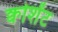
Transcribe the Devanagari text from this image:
क्वोशेंट